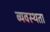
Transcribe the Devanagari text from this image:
व्यवस्थता